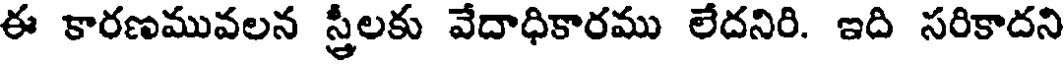
ఈ కారణమువలన స్త్రీలకు వేదాధికారము లేదనిరి. ఇది సరికాదని